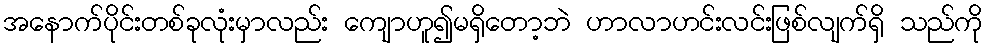
အနောက်ပိုင်းတစ်ခုလုံးမှာလည်း ကျောဟူ၍မရှိတော့ဘဲ ဟာလာဟင်းလင်းဖြစ်လျက်ရှိ သည်ကို